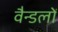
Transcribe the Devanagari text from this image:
वैन्डलों